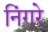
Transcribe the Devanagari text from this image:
निंगरे